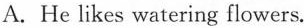
A.He likes watering flowers.